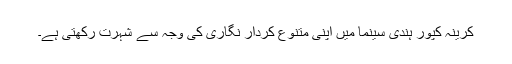
کرینہ کپور ہندی سینما میں اپنی متنوع کردار نگاری کی وجہ سے شہرت رکھتی ہے۔